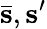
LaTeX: \bar{\mathsf{\mathbf{s}}},\mathsf{\mathbf{s^{\prime}}}